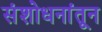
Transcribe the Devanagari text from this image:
संशोधनांतून